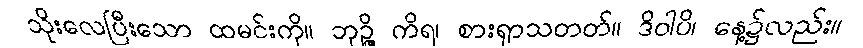
သိုးလေပြီးသော ထမင်းကို။ ဘုဉ္ဇိ ကိရ၊ စားရှာသတတ်။ ဒိဝါပိ၊ နေ့၌လည်း။